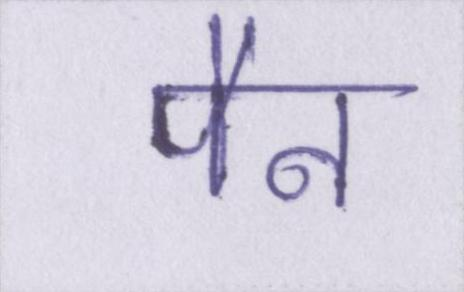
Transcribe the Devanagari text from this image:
पैन